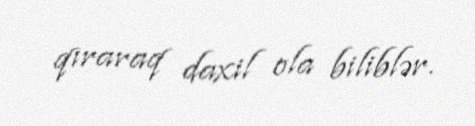
qıraraq daxil ola biliblər.